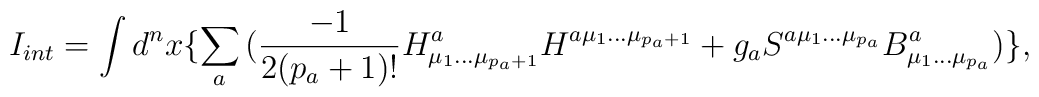
I_{int}=\int d^n x\{\sum_a \big({-1 \over 2(p_{a}+1)!}H^a_{\mu_1\ldots \mu_{p_{a}+1}} H^{a \mu_1\ldots \mu_{p_{a}+1}}+g_aS^{a\mu_1 \ldots\mu_{p_a}}B^a_{\mu_1 \ldots \mu_{p_a}}\big)\},